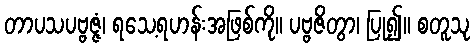
တာပသပဗ္ဗဇ္ဇံ၊ ရသေ့ရဟန်းအဖြစ်ကို။ ပဗ္ဗဇိတွာ၊ ပြု၍။ စတူသု